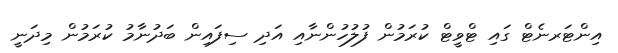
އިންޓަރނެޓް ގައި ޓްވީޓް ކުރަމުން ފުލުހުންނާއި އަދި ސިފައިން ބަދުނާމު ކުރަމުން މިދަނީ